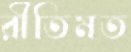
রীতিমত